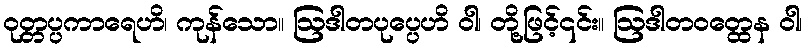
ဝုတ္တပ္ပကာရေဟိ၊ ကုန်သော။ ဩဒါတပုပ္ပေဟိ ဝါ၊ တို့ဖြင့်၎င်း။ ဩဒါတဝတ္ထေန ဝါ၊